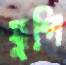
যুগি